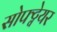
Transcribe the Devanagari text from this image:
सोफ्ट्वेयर